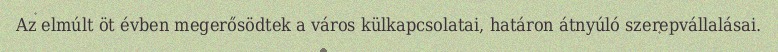
Az elmúlt öt évben megerősödtek a város külkapcsolatai, határon átnyúló szerepvállalásai.